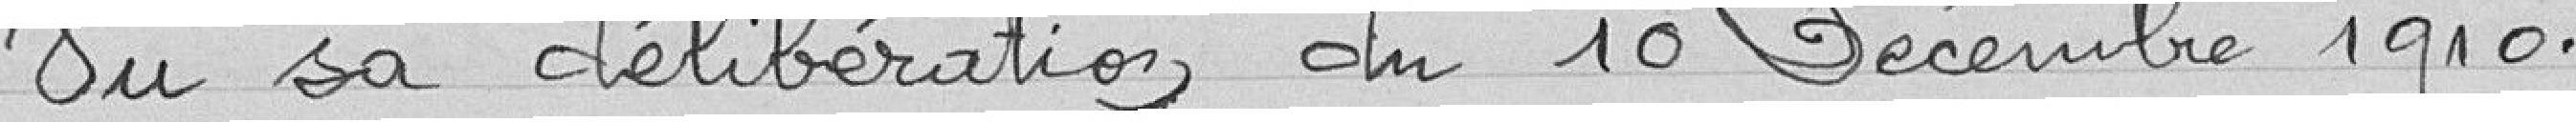
Vu sa délibération du 10 Décembre 1910.